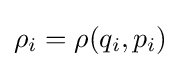
\rho _{i}=\rho (q_{i},p_{i})